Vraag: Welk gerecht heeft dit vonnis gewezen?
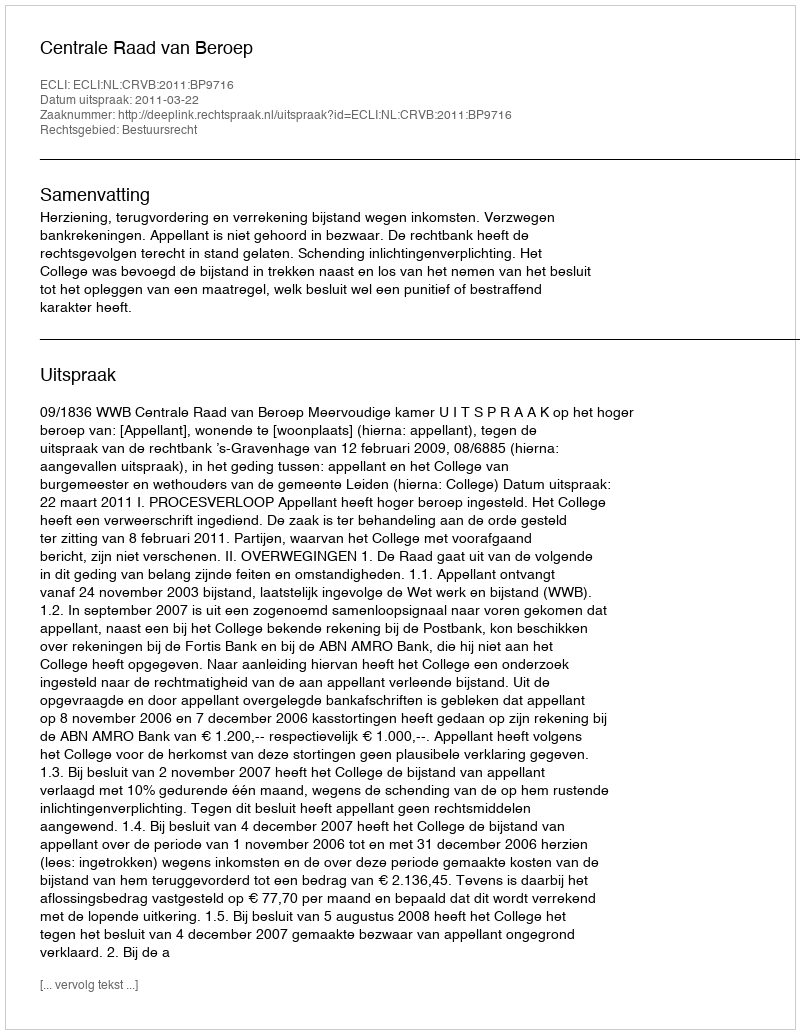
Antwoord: Centrale Raad van Beroep